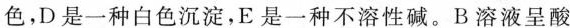
色,D是一种白色沉淀,E 是一种不溶性碱。B溶液呈酸